Civil Veterinary Department. United Provinces 1932-42 - 1932-1942
Year: 1932
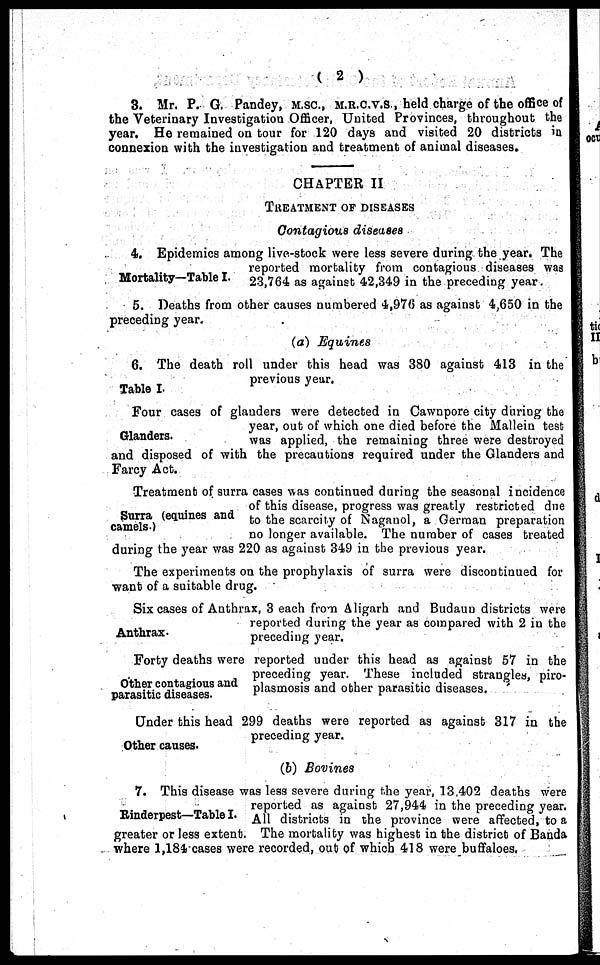
( 2 )
3. Mr. P. G. Pandey, M.SC., M.R.C.V.S., held charge of the office of
the Veterinary Investigation Officer, United Provinces, throughout the
year. He remained on tour for 120 days and visited 20 districts in
connexion with the investigation and treatment of animal diseases.
CHAPTER II
TREATMENT OF DISEASES
Contagious diseases
Mortality—Table I.
4. Epidemics among live-stock were less severe during the year. The
reported mortality from contagious diseases was
23,764 as against 42,349 in the preceding year.
5. Deaths from other causes numbered 4,976 as against 4,650 in the
preceding year.
(a) Equines
Table I.
6. The death roll under this head was 380 against 413 in the
previous year.
Glanders.
Four cases of glauders were detected in Cawnpore city during the
year, out of which one died before the Mallein test
was applied, the remaining three were destroyed
and disposed of with the precautions required under the Glanders and
Farcy Act.
Surra (equines and
camels)
Treatmenb of surra cases was continued during the seasonal incidence
of this disease, progress was greatly restricted due
to the scarcity of Naganol, a German preparation
no longer available. The number of cases treated
during the year was 220 as against 349 in the previous year.
The experiments on the prophylaxis of surra were discontinued for
want of a suitable drug.
Anthrax-
Six cases of Anthrax, 3 each from Aligarh and Budaun districts were
reported during the year as compared with 2 in the
preceding year.
Other contagious and
parasitic diseases.
Forty deaths were reported under this head as against 57 in the
preceding year. These included strangles, piro-
plasmosis and other parasitic diseases.
Other causes.
Under this head 299 deaths were reported as against 317 in the
preceding year.
(b) Bovines
Rinderpest—Table I.
7. This disease was less severe during the year, 13,402 deaths were
reported as against 27,944 in the preceding year,
All districts in the province were affected, to a
greater or less extent. The mortality was highest in the district of Banda
where 1,184 cases were recorded, out of which 418 were buffaloes,